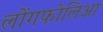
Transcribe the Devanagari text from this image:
लोंगफोलिआ